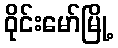
ဝိုင်းမော်မြို့